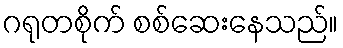
ဂရုတစိုက် စစ်ဆေးနေသည်။